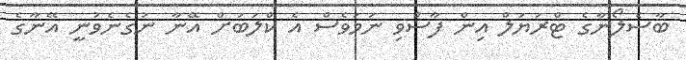
ބާސެލޯނާގެ ޓްރަޔަލް އިން ފާސްވި ނަމަވެސް އެ ކްލަބަށް އޭނާ ނުގެނެވުނީ އޭނާގެ